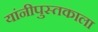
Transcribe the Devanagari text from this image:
यांनीपुस्तकाला